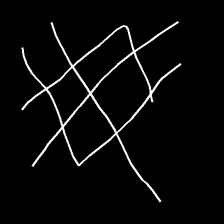
Glyph: crystal